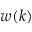
w ( k )